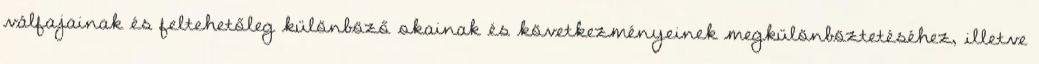
válfajainak és feltehetőleg különböző okainak és következményeinek megkülönböztetéséhez, illetve